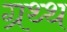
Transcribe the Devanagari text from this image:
ग्रथ्थ